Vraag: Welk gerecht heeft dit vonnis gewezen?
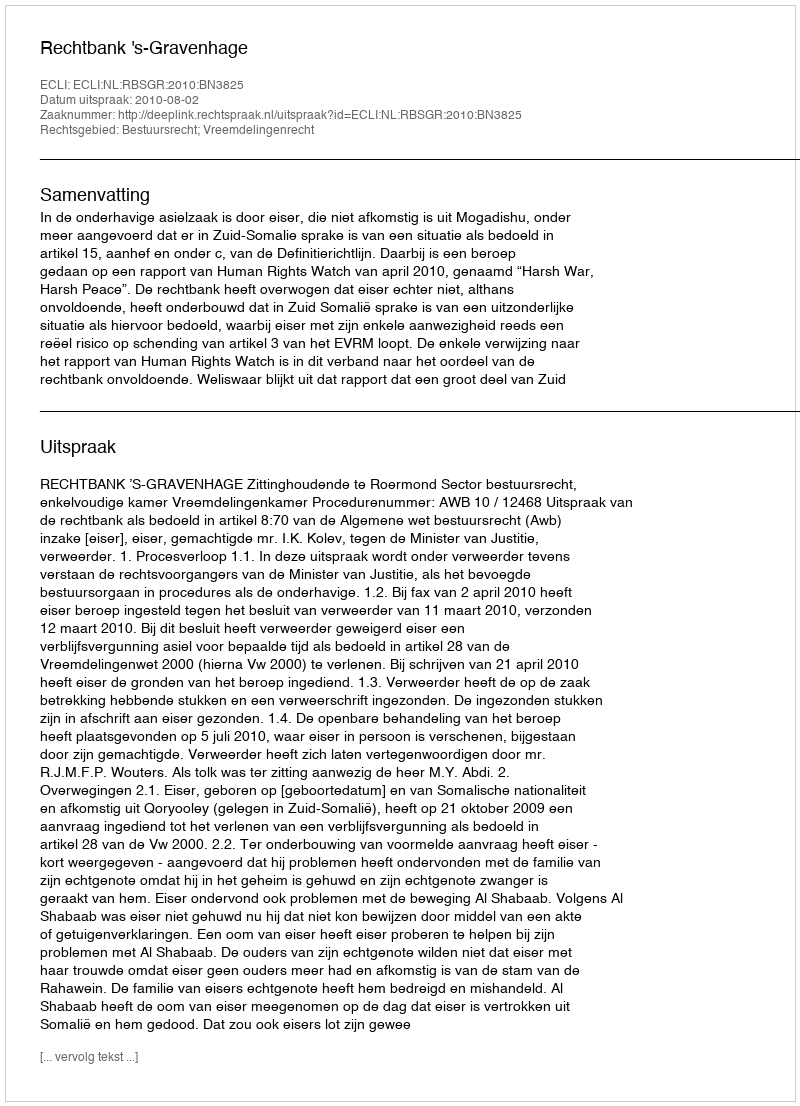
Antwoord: Rechtbank 's-Gravenhage